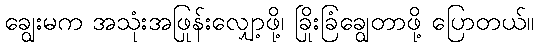
ချွေးမက အသုံးအဖြုန်းလျှော့ဖို့၊ ခြိုးခြံချွေတာဖို့ ပြောတယ်။